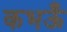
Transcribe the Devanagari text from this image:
कभऊँ